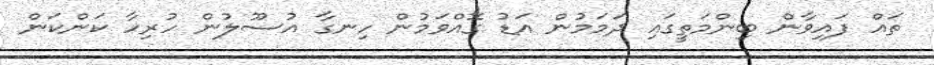
ތައް ފައިވާން ބިންމަތީގައި ދަމަމުން އަޑު ގޮއްވަމުން ހިނގާ އުސޫލުން ހުރިހާ ކަންކަން